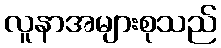
လူနာအများစုသည်